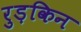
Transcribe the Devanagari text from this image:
रुड़किन